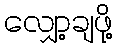
လျှော့ချဖို့